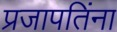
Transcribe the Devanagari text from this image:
प्रजापतिंना